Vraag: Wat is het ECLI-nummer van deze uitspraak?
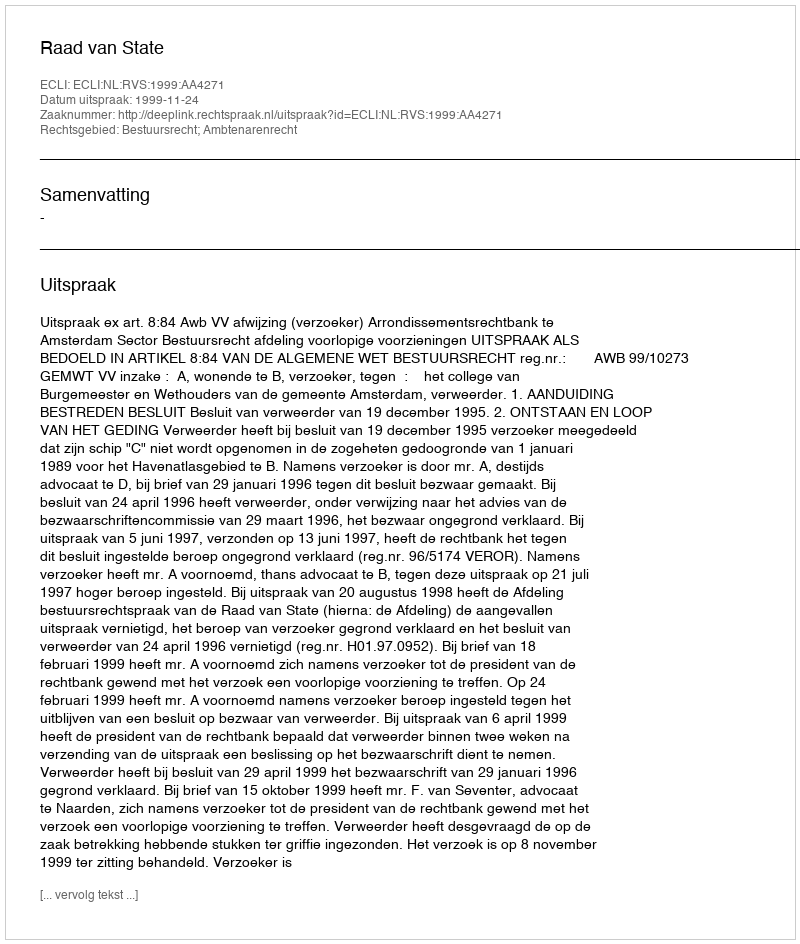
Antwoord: ECLI:NL:RVS:1999:AA4271